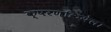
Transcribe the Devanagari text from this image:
क्षरणक्रियेला